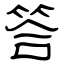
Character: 答